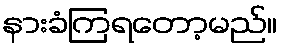
နားခံကြရတော့မည်။